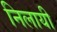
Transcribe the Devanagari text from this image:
निलायी